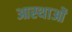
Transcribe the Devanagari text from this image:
आस्‍थाओं